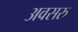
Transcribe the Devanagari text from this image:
अवसरु